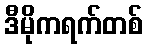
ဒီမိုကရက်တစ်